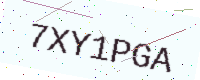
Text: 7XY1PGA